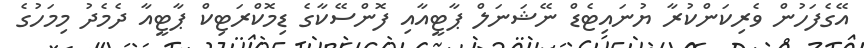
އޭގެފަހުން ވެރިކަންކުރާ ޔުނައިޓެޑް ނޭޝަނަލް ޕާޓީއާއި ފޮންސޭކާގެ ޑިމޮކްރަޓިކް ޕާޓީއާ ދެމެދު މިމަހުގެ